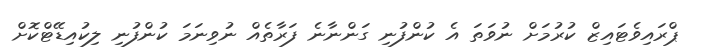
ޕްރައިވެޓައިޒް ކުރުމަށް ނުވަތަ އެ ކުންފުނި ގަންނާނެ ފަރާތެއް ނުވިނަމަ ކުންފުނި ލިކުއިޑޭޓްކޮށް